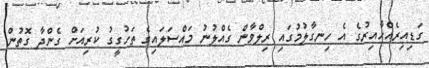
ގަޑިއިރެއްހާއިރުގެ އެ ހިނގާލުމުގައި ރިލްވާން ގެއްލުނު މައްސަލައިގެ ތަހުގީގު ކުރިއަށް ގެންދާ ގޮތުން